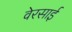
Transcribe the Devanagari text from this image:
वेरसाई